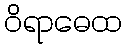
ဝိရာဓေထ